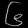
Digit: ၆